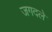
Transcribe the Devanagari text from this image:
जगदले